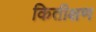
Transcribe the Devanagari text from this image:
कितीक्षण